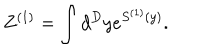
Z ^ { ( 1 ) } = \int d ^ { D } y e ^ { S ^ { ( 1 ) } ( y ) } .